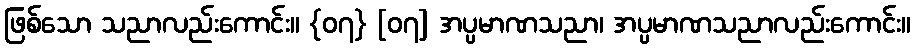
ဖြစ်သော သညာလည်းကောင်း။ {၀၇} [၀၇] အပ္ပမာဏသညာ၊ အပ္ပမာဏသညာလည်းကောင်း။